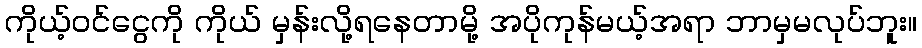
ကိုယ့်ဝင်ငွေကို ကိုယ် မှန်းလို့ရနေတာမို့ အပိုကုန်မယ့်အရာ ဘာမှမလုပ်ဘူး။